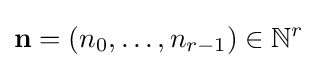
\mathbf {n} =(n_{0},\dots ,n_{r-1})\in \mathbb {N} ^{r}